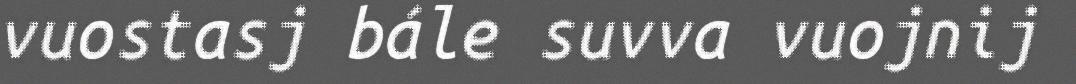
vuostasj bále suvva vuojnij